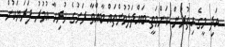
އަދި މީގެ އިތުރުން ކަންމަތީ ބައްދަލުވުންތައް ބާއްވާ ރަށުގެ ހުރިހާ އުމުރު ފަރަޔަކުން